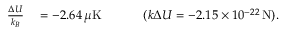
\begin{array} { r l } { \frac { \Delta U } { k _ { B } } } & { { } = - 2 . 6 4 \, \mu \mathrm { K } \ \ \ \ \ \ \ \ \ \ ( k \Delta U = - 2 . 1 5 \times 1 0 ^ { - 2 2 } \, \mathrm { N } ) . } \end{array}